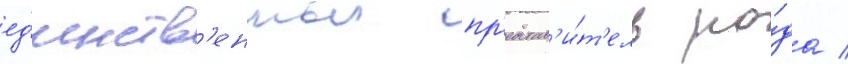
ед'инств'енныи пр'едстав'и́т'ель ро́да /